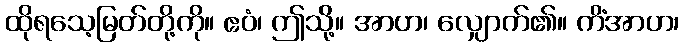
ထိုရသေ့မြတ်တို့ကို။ ဧဝံ၊ ဤသို့။ အာဟ၊ လျှောက်၏။ ကိံအာဟ၊